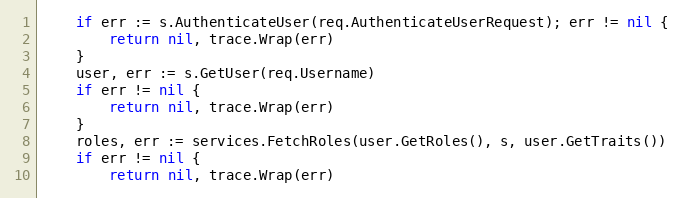
Language: Go
	if err := s.AuthenticateUser(req.AuthenticateUserRequest); err != nil {
		return nil, trace.Wrap(err)
	}
	user, err := s.GetUser(req.Username)
	if err != nil {
		return nil, trace.Wrap(err)
	}
	roles, err := services.FetchRoles(user.GetRoles(), s, user.GetTraits())
	if err != nil {
		return nil, trace.Wrap(err)